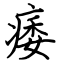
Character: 痿